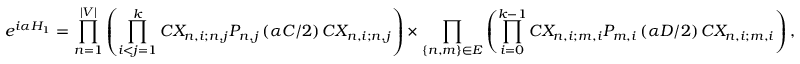
e ^ { i \alpha H _ { 1 } } = \prod _ { n = 1 } ^ { | V | } \left( \prod _ { i < j = 1 } ^ { k } C X _ { n , i ; n , j } P _ { n , j } \left( \alpha C / 2 \right) C X _ { n , i ; n , j } \right) \times \prod _ { \{ n , m \} \in E } \left( \prod _ { i = 0 } ^ { k - 1 } C X _ { n , i ; m , i } P _ { m , i } \left( \alpha D / 2 \right) C X _ { n , i ; m , i } \right) ,